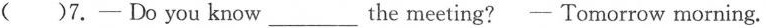
( )7.—— Do you know___the meeting? —— Tomorrow morning.